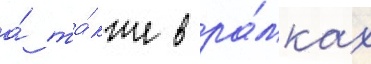
а́ та́кже в ра́мках